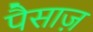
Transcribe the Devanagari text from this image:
पैसाज़